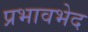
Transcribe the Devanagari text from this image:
प्रभावभेद